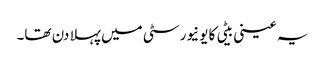
یہ عینی بیٹی کا یونیورسٹی میں پہلا دن تھا۔